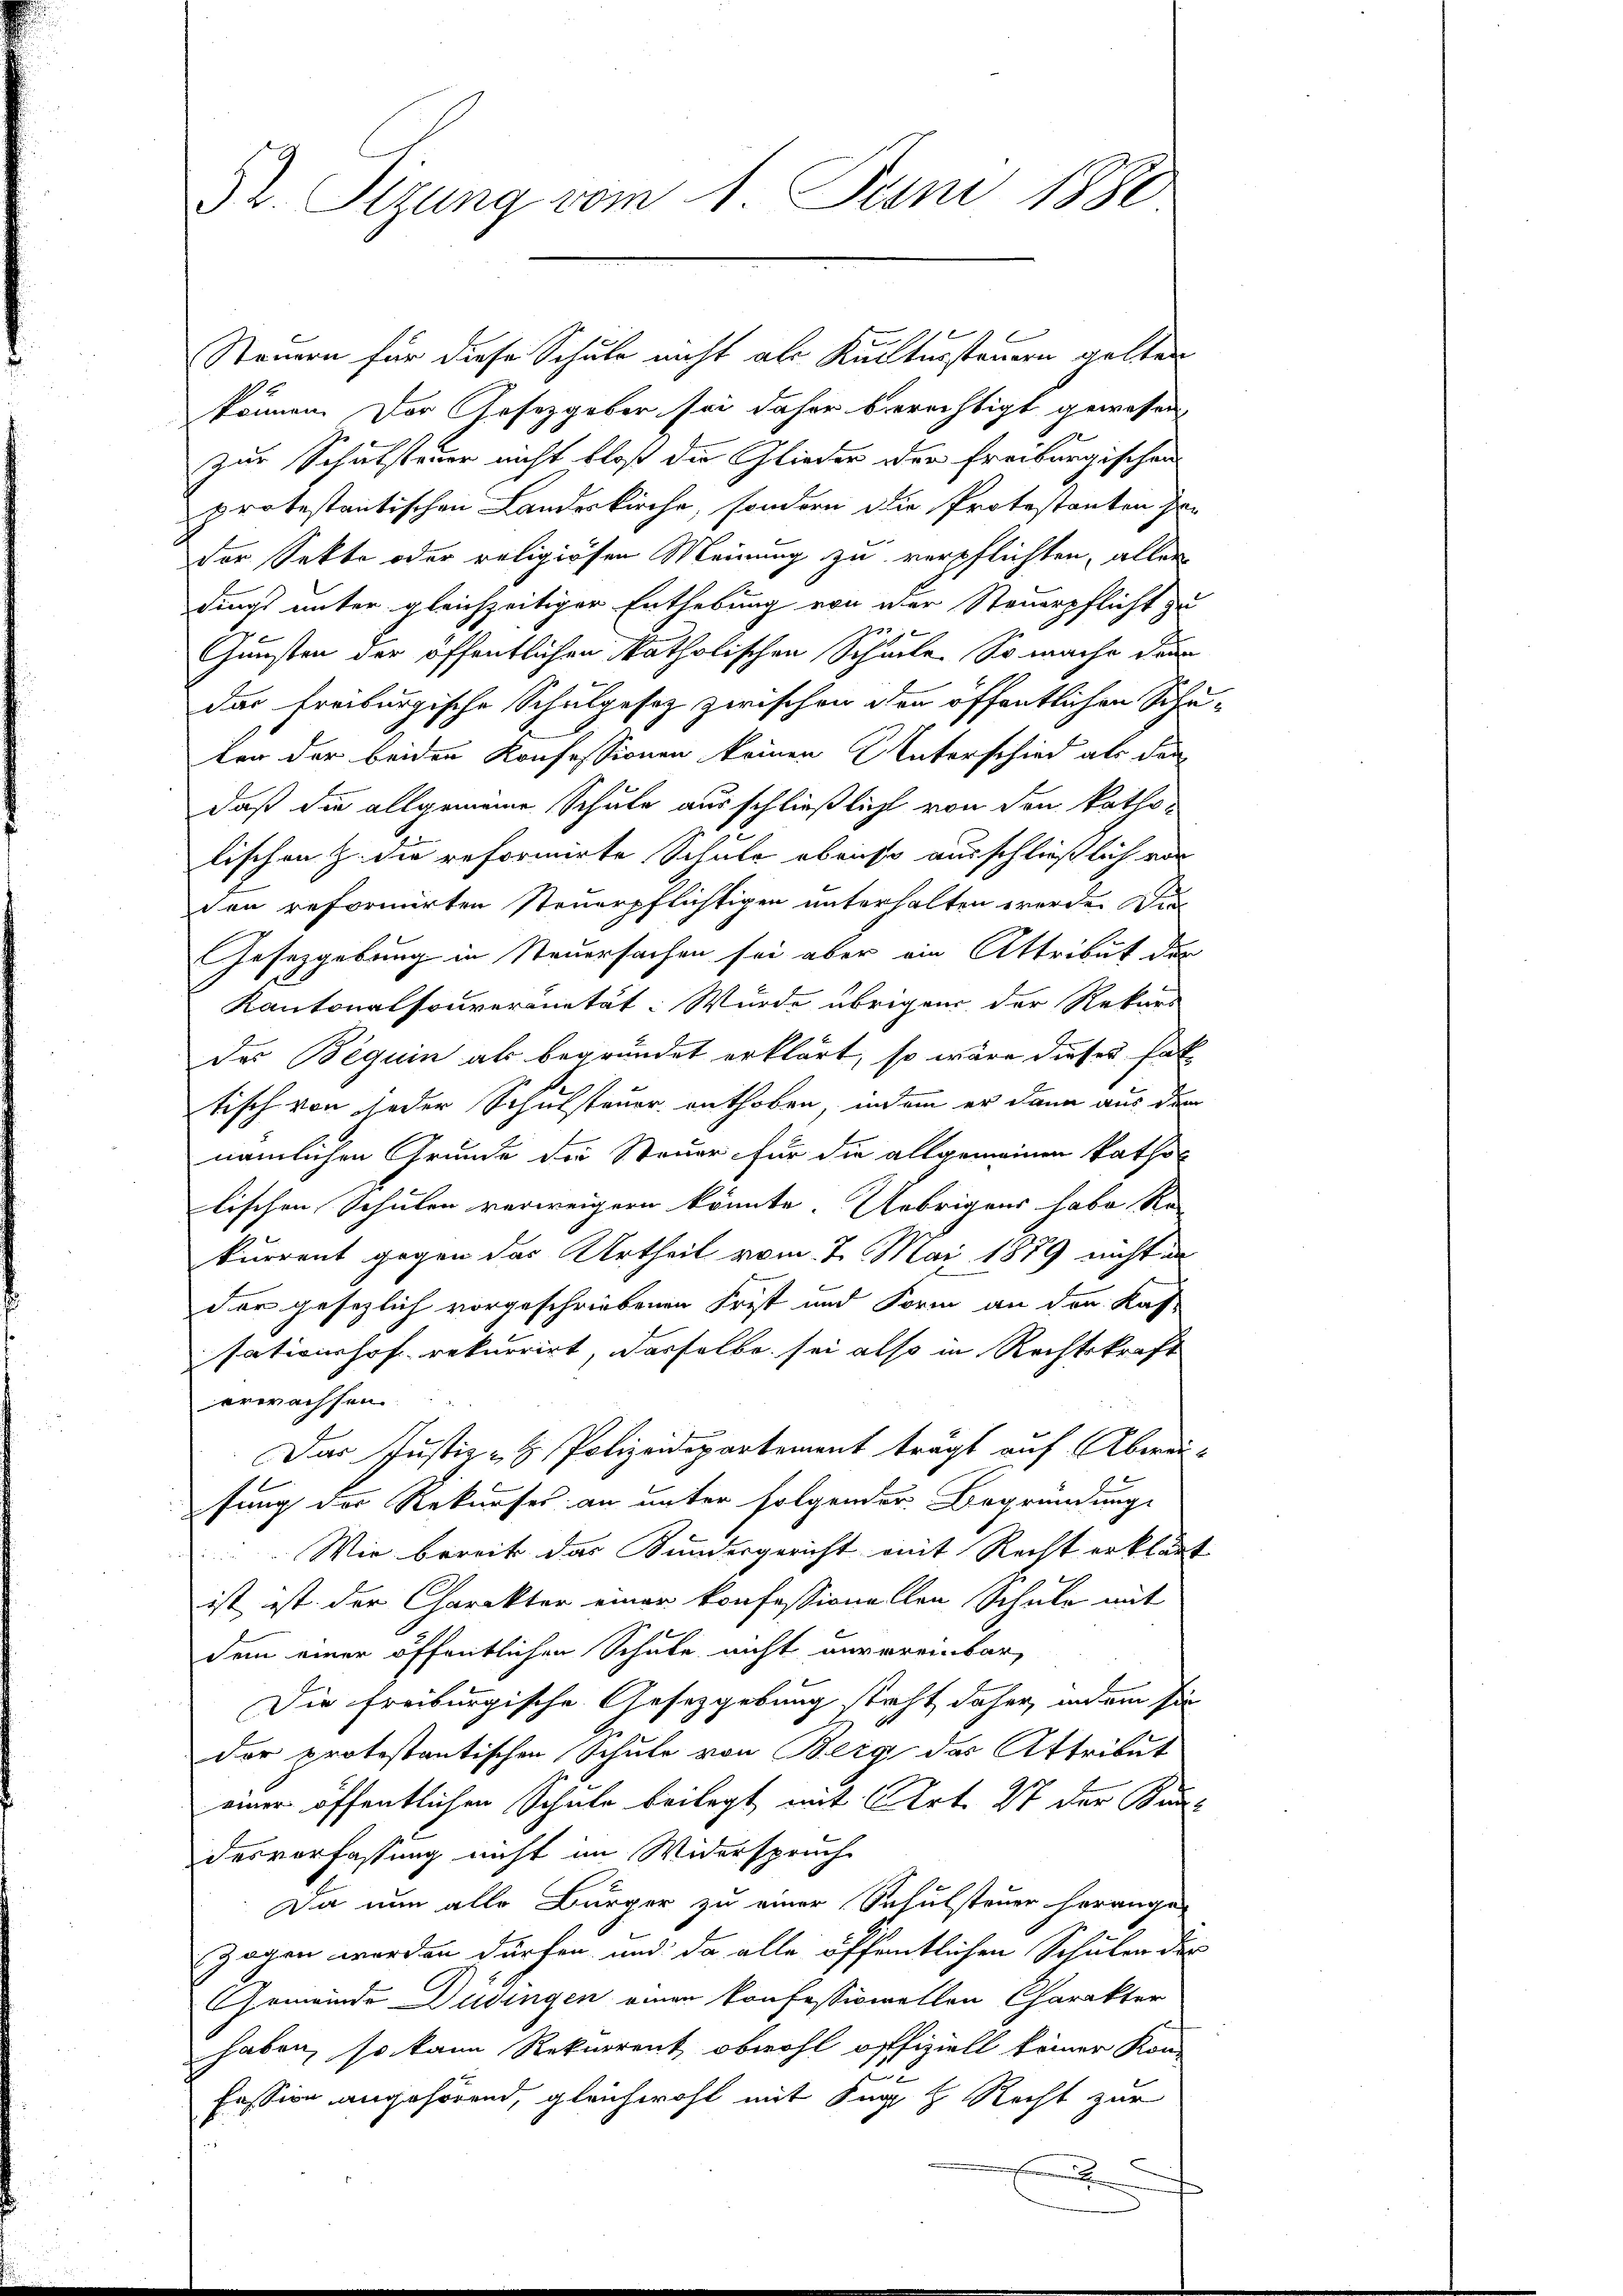
Dr. Sizung vom 1. Juni 1880

Steuern für diese Schule nicht als Kucktersteuern gelten
können. Der Gesetzgeben sei daher berechtigt gewesen
zur Schulsteuer nicht bloß die Glieder der freiburgischen
protestantischen Landeskirche, sondern die Protestanten her
der Sekte oder religiösen Meinung zu verpflichten, aller
dings unter gleichzeitiger Enthebung von der Steuerpflicht zu

Gunsten der öffentlichen Katholischen Schule. So mache dann
das Freiburgische Schulgesez zwischen den öffentlichen Schuten der beiden Konfessionen keinen Unterschied als dan-
daß die allgemeine Schule ausschließlicht von den katholischen Z. die reformirte Schule ebenso ausschließlich von
den reformirten Steuerpflichtigen unterhalten werden Wil
Gesetzgebung in Steuersachen sei aber ein Attribut der
Kantonalsouvernität: Wurde übrigen der Rekurs
des Beguin als begründet erklärt, so wäre dieses Pat
tisch von jeder Schulsteuer enthoben, indem er dann aus dem
nämlichen Grunde die Steuer für die allgemeinen katholischen Schulen verweigern könnte. Uebrigens habe Re
kurrent gegen das Urtheil vom 2. Mai 1879 nicht in
der gesezlich vorgeschriebenen Frist und Form an den Kas
sationshof rekurrirt, dasselbe sei also in Rechtskraft
erwachsen.
Das Justiz- & Polizeidepartement trägt auf Abweifung der Rekurses an unter folgender Begründung
Wir bereits das Kundergericht mit Recht erklärt
ist ist der Charakter einer konfessionellen Schule mit
E
dem einer öffentlichen Schule nicht anvereinbar,
Die Freiburgische Gesetzgebung steht daher, indem sie
der protestantischen Schule von Berg des Attribut
einer öffentlichen Schule beilegt mit Art. 27 der Kant
desverfassung nicht im Widerspruch
Da nun alle Bürger zu einer Schulsteuer herange-
zogen werden dürfen und da alle öffentlichen Schulen der
Gemeinde Düdingen einen konfessionellen Charakter
haben, so kann Rekurrent obwohl offiziell keiner Kon-
Fession angehörend, gleichwohl mit Fug z. Recht zur
f